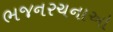
ભજનરચનાઓ